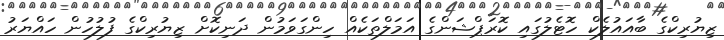
ޒިޔުރިކްގެ ބާއައުލެކް ހޮޓެލުގައި ކޮރަޕްޝަންގެ އަމަލްތަކެއް ހިންގަވަމުން ދަނިކޮށް ޒިޔުރިކްގެ ފުލުހުން ހައްޔަރު